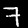
Digit: 7